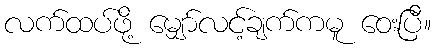
လက်ထပ်ဖို့ မျှော်လင့်ချက်ကမူ ဝေးပြီ။